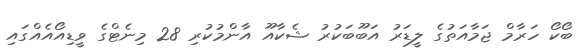
ބޯކޯ ހަރާމް ޖަމާއަތުގެ ލީޑަރު އަބޫބަކުރު ޝެކާއޫ އާންމުކުރި 28 މިނެޓްގެ ވީޑިއޯއެއްގައި